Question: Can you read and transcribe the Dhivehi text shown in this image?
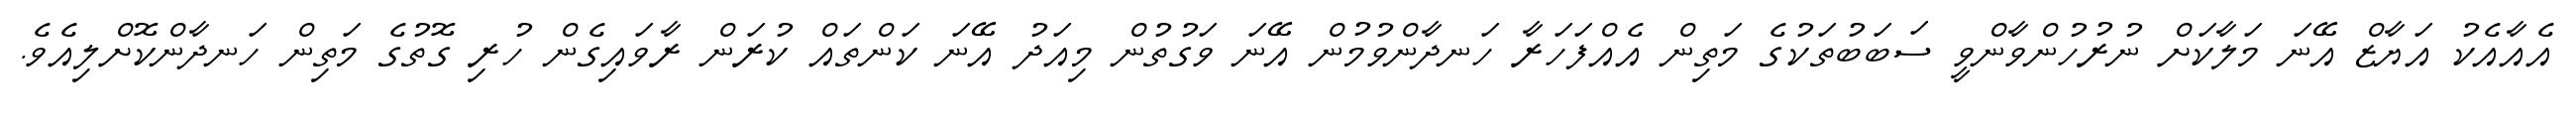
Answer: އެއާއެކު އަޔާޒް އޭނަ މަލާކަށް ނުރުހުންވާންވީ ސަބަބުތަކުގެ މަތިން އެއްފަހަރާ ހަނދާންވުމުން އޭނަ ވަގުތުން މިއަދު އޭނަ ކަންތައް ކުރަން ރާވައިގެން ހުރި ގޮތުގެ މަތިން ހަނދާންކޮށްލިއެވެ.